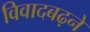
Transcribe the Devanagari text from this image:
विवादबढ़ने